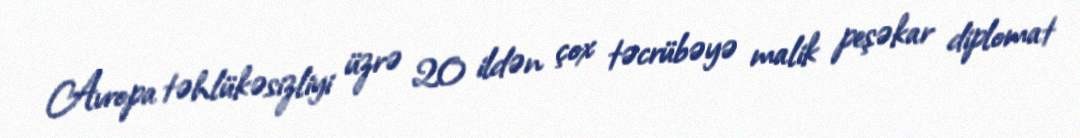
Avropa təhlükəsizliyi üzrə 20 ildən çox təcrübəyə malik peşəkar diplomat